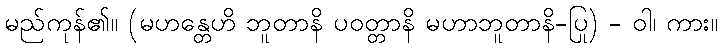
မည်ကုန်၏။ (မဟန္တေဟိ ဘူတာနိ ပဝတ္တာနိ မဟာဘူတာနိ-ပြု) - ဝါ၊ ကား။